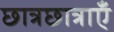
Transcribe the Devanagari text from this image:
छात्रछात्राएँ